Civil Veterinary Department Bihar reports 1940-50 - 1940-1950
Year: 1940
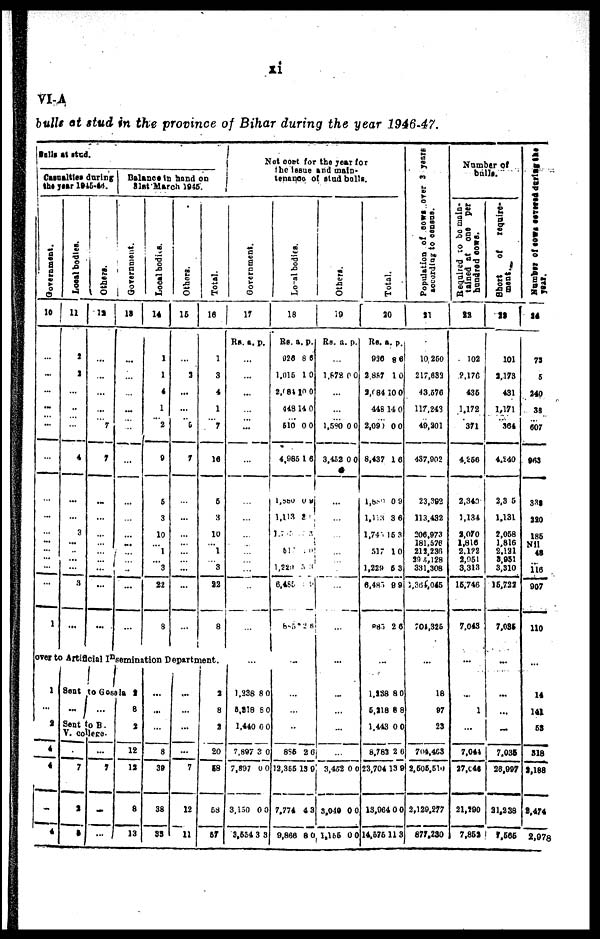
XI
VI-A
bulls at stud in the province of Bihar during the year 1946-47.
Bulls at stud.
Casualties during
the year 1945-46.
Government.
10
...
...
...
...
...
...
...
...
...
...
...
...
...
...
1
Local bodies.
11
J
3
...
...
...
4
...
...
3
...
...
...
...
3
...
Others.
12
...
...
...
...
7
7
...
...
...
...
...
...
...
...
...
Balance in hand on
31st March 1915.
Government.
13
...
...
...
...
...
...
...
...
...
...
...
...
...
...
...
Local bod n a.
14
1
1
4
1
2
0
6
3
10
... 1
... 3
22
8
Others.
16
...
3
...
...
5
7
...
...
...
...
...
...
...
...
...
Total.
10
1
3
4
1
7
16
6
3
10
... 1
... 3
22
8
over to Artificial Insemination Department.
1
...
3
4
4
...
4
Sent to Gosala 2
...
...
Sent to B.
V. college-
...
7
2
8
...
7
...
...
8
2
18
12
8
13
...
...
...
8
3»
38
33
...
...
...
...
7
12
11
3
8
2
20
58
53
57
Net cort for the year for
the isssue and main
tenance of stud bulls.
Government.
17
Rs. a.
...
...
...
...
...
...
...
...
...
...
...
...
...
...
...
...
1.238
8,218
1,440
7.897
7,897
3,150
3,534
p.
8
8
0
3
0
0
3
0
0
0
0
0
0
3
Local bodi es.
18
Rs.
928
1,015
2,084
448
610
4,985
1,980
1,113
1
... 51
... 1,224
6,480
883
...
...
...
885
12,365
7.774
9,866
a.
8
1
10
14
0
1
0
3
2
2
13
4
8
p.
6
0
0
0
0
6
0
6
60
0
3
0
Others.
19
RS.
...
1,872
...
...
1,510
3,452
...
...
...
...
...
...
...
...
...
...
...
...
...
...
3,452
3,040
1,155
a.
0
0
0
0
0
0
p.
0
0
0
0
0
0
Total.
20
Rs.
926
2,887
2,084
448
2,090
8,437
1,880
1,1M
1,74
517
... 1,229
6,487
883
...
1,238
5,21
1,443
8,78
23,7041
13,064
14,576
a.
8
1
10
14
0
1
0
3
15
1
6
9
2
8
8
0
2
3
0
11
p.
6
0
0
0
0
6
9
6
3
0
3
9
6
0
8
0
6
9
0
3
Population of cows over
3 years
according to consus.
21
10 250
217,633
43.576
117,243
49,201
437,902
23,382
113,432
206,973
181.576
212,236
395,128
331,308
2,364,045
704,325
...
18
97
23
704,468
2,505,510
2,129,277
877,230
Number of
bulls.
Required to be main-
tained at
one
per
hundred cows.
IB
102
2,176
435
1,172
371
4,266
2,340
1,184
2,070
1,816
2,122
2,951
3,313
16,746
7.043
...
...
1
...
7,041
27,046
21,190
7,852
Short
of
require-
ment.
23
101
3,173
431
1,171
364
4,240
2,3 5
1,131
2,058
1,816
2,121
8,951
3,310
15,722
7,036
...
...
...
...
7,035
20,997
21,238
7,565
Number of cows covered during the
year.
24
73
5
340
38
607
963
338
220
186
Nil
48
... 116
907
110
...
14
141
58
818
2,188
2,474
2,978